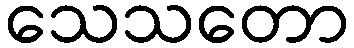
သေသတော